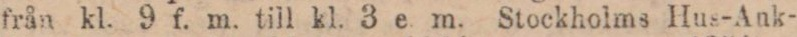
från kl. 9 f. m. till kl. 3 e. m. Stockholms Hus-Ank-